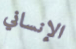
الإنساني